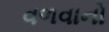
વળવાનો